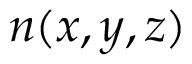
n ( x , y , z )